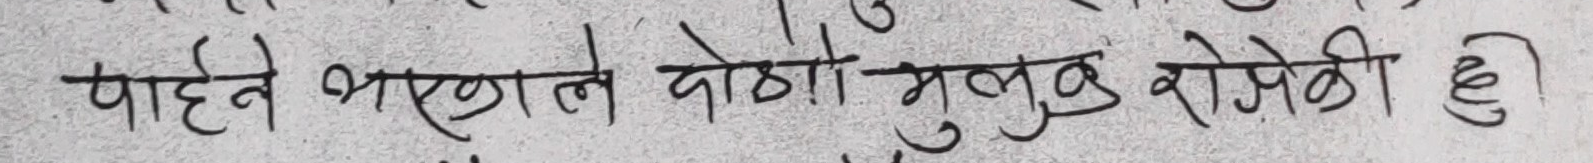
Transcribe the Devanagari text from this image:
पाहेन भरणले बोठो भलुडु रोखेकी हु।